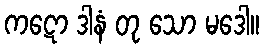
ကဋော ဒါနံ တု သော မဒေါ။